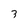
Character: 3